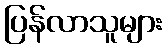
ပြန်လာသူများ